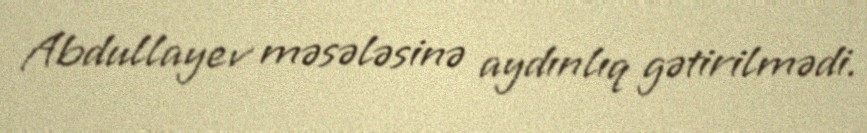
Abdullayev məsələsinə aydınlıq gətirilmədi.